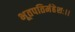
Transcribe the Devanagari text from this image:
भूतपतिर्महेशः।।